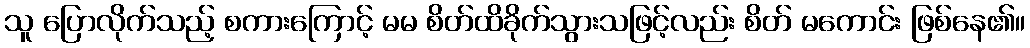
သူ ပြောလိုက်သည့် စကားကြောင့် မမ စိတ်ထိခိုက်သွားသဖြင့်လည်း စိတ် မကောင်း ဖြစ်နေ၏။